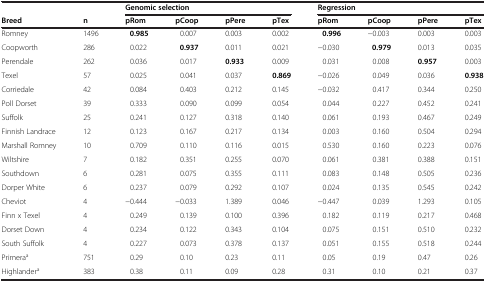
<table><thead><tr><td></td><td></td><td colspan="4"><b>Genomic selection</b></td><td colspan="4"><b>Regression</b></td></tr><tr><td><b>Breed</b></td><td><b>n</b></td><td><b>pRom</b></td><td><b>pCoop</b></td><td><b>pPere</b></td><td><b>pTex</b></td><td><b>pRom</b></td><td><b>pCoop</b></td><td><b>pPere</b></td><td><b>pTex</b></td></tr></thead><tbody><tr><td>Romney</td><td>1496</td><td><b>0.985</b></td><td>0.007</td><td>0.003</td><td>0.002</td><td><b>0.996</b></td><td>−0.003</td><td>0.003</td><td>0.003</td></tr><tr><td>Coopworth</td><td>286</td><td>0.022</td><td><b>0.937</b></td><td>0.011</td><td>0.021</td><td>−0.030</td><td><b>0.979</b></td><td>0.013</td><td>0.035</td></tr><tr><td>Perendale</td><td>262</td><td>0.036</td><td>0.017</td><td><b>0.933</b></td><td>0.009</td><td>0.031</td><td>0.008</td><td><b>0.957</b></td><td>0.003</td></tr><tr><td>Texel</td><td>57</td><td>0.025</td><td>0.041</td><td>0.037</td><td><b>0.869</b></td><td>−0.026</td><td>0.049</td><td>0.036</td><td><b>0.938</b></td></tr><tr><td>Corriedale</td><td>42</td><td>0.084</td><td>0.403</td><td>0.212</td><td>0.145</td><td>−0.032</td><td>0.417</td><td>0.344</td><td>0.250</td></tr><tr><td>Poll Dorset</td><td>39</td><td>0.333</td><td>0.090</td><td>0.099</td><td>0.054</td><td>0.044</td><td>0.227</td><td>0.452</td><td>0.241</td></tr><tr><td>Suffolk</td><td>25</td><td>0.241</td><td>0.127</td><td>0.318</td><td>0.140</td><td>0.061</td><td>0.193</td><td>0.467</td><td>0.249</td></tr><tr><td>Finnish Landrace</td><td>12</td><td>0.123</td><td>0.167</td><td>0.217</td><td>0.134</td><td>0.003</td><td>0.160</td><td>0.504</td><td>0.294</td></tr><tr><td>Marshall Romney</td><td>10</td><td>0.709</td><td>0.110</td><td>0.116</td><td>0.015</td><td>0.530</td><td>0.160</td><td>0.223</td><td>0.076</td></tr><tr><td>Wiltshire</td><td>7</td><td>0.182</td><td>0.351</td><td>0.255</td><td>0.070</td><td>0.061</td><td>0.381</td><td>0.388</td><td>0.151</td></tr><tr><td>Southdown</td><td>6</td><td>0.281</td><td>0.075</td><td>0.355</td><td>0.111</td><td>0.083</td><td>0.148</td><td>0.505</td><td>0.236</td></tr><tr><td>Dorper White</td><td>6</td><td>0.237</td><td>0.079</td><td>0.292</td><td>0.107</td><td>0.024</td><td>0.135</td><td>0.545</td><td>0.242</td></tr><tr><td>Cheviot</td><td>4</td><td>−0.444</td><td>−0.033</td><td>1.389</td><td>0.046</td><td>−0.447</td><td>0.039</td><td>1.293</td><td>0.105</td></tr><tr><td>Finn x Texel</td><td>4</td><td>0.249</td><td>0.139</td><td>0.100</td><td>0.396</td><td>0.182</td><td>0.119</td><td>0.217</td><td>0.468</td></tr><tr><td>Dorset Down</td><td>4</td><td>0.234</td><td>0.122</td><td>0.343</td><td>0.104</td><td>0.075</td><td>0.151</td><td>0.510</td><td>0.232</td></tr><tr><td>South Suffolk</td><td>4</td><td>0.227</td><td>0.073</td><td>0.378</td><td>0.137</td><td>0.051</td><td>0.155</td><td>0.518</td><td>0.244</td></tr><tr><td>Primera<sup>a</sup></td><td>751</td><td>0.29</td><td>0.10</td><td>0.23</td><td>0.11</td><td>0.05</td><td>0.19</td><td>0.47</td><td>0.26</td></tr><tr><td>Highlander<sup>a</sup></td><td>383</td><td>0.38</td><td>0.11</td><td>0.09</td><td>0.28</td><td>0.31</td><td>0.10</td><td>0.21</td><td>0.37</td></tr></tbody></table>